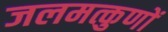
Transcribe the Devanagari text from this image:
जलमत्कुणों